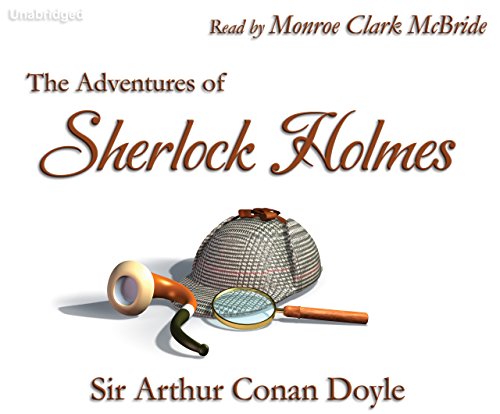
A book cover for The Adventures of Sherlock Holmes; Arthur Conan, Sir Doyle; Mystery, Thriller & Suspense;